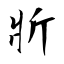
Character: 斨